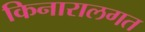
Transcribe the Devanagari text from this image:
किनारालगत